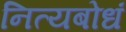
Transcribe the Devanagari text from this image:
नित्यबोधं